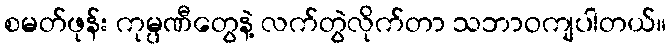
စမတ်ဖုန်း ကုမ္ပဏီတွေနဲ့ လက်တွဲလိုက်တာ သဘာဝကျပါတယ်။